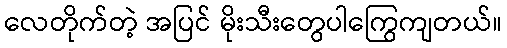
လေတိုက်တဲ့ အပြင် မိုးသီးတွေပါကြွေကျတယ်။